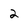
Character: 2